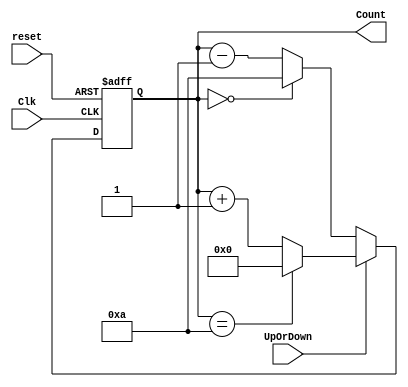
`timescale 1ns / 1ps

module modn_counter(
    Clk,
    reset,
    UpOrDown,  
    Count
    );
    parameter N=11;
    parameter width=4;
    
    input Clk,reset,UpOrDown;
    output [width-1 : 0] Count;
   
    reg [width-1 : 0] Count = 0;  
    
     always @(posedge(Clk) or posedge(reset))
     begin
        if(reset == 1) 
            Count <= 0;
        else    
            if(UpOrDown == 1)   //Up mode selected
                if(Count == N-1)
                    Count <= 0;
                else
                    Count <= Count + 1; 
            else  //Down mode selected
                if(Count == 0)
                    Count <= N-1;
                else
                    Count <= Count - 1; 
     end    
    
endmodule